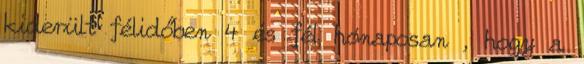
kiderült félidőben 4 és fél hónaposan , hogy a